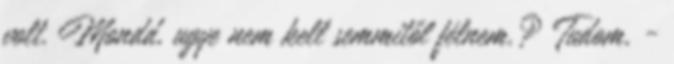
volt. Mondd, ugye nem kell semmitől félnem.? Tudom, -